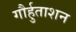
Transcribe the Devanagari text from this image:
गौर्हुताशन